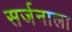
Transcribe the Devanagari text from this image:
सर्जनाला